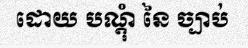
ដោយ បណ្តុំ នៃ ច្បាប់